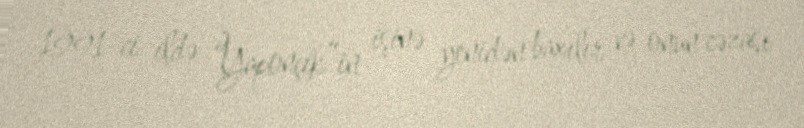
1991-ci ildə “Yaponçik”in işinə yenidən baxılır və onun cəzası